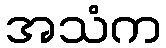
အသံက